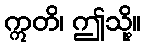
ဣတိ၊ ဤသို့။